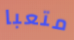
متعبا